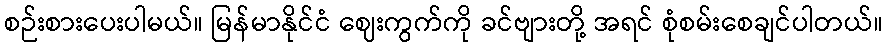
စဉ်းစားပေးပါမယ်။ မြန်မာနိုင်ငံ ဈေးကွက်ကို ခင်ဗျားတို့ အရင် စုံစမ်းစေချင်ပါတယ်။